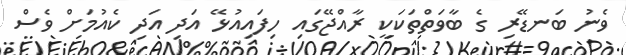
ވެނު ބަނޑޭރި ގެ ބާވަތްތަކަކީ ރާއްޖޭގައި ހިފައިއުޅޭ އަދި އަދި ކެއުމަށް ވެސް